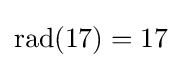
{\text{rad}}(17)=17